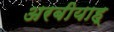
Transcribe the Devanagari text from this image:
अरबीयाह्